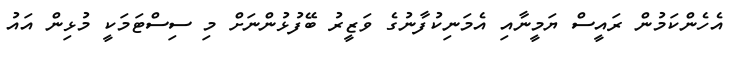
އެހެންކަމުން ރައީސް ޔަމީނާއި އެމަނިކުފާނުގެ ވަޒީރު ބޭފުޅުންނަށް މި ސިސްޓަމަކީ މުޅިން އައު